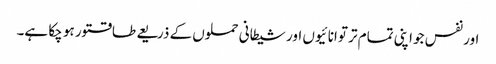
اور نفس جو اپنی تمام تر توانائیوں اور شیطانی حملوں کے ذریعے طاقتور ہو چکا ہے۔